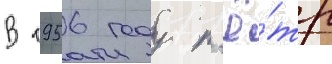
В 1956 году п'ё́тр